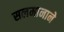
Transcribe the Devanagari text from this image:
सलमानाने